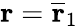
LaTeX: \mathbf{r}=\overline{{\mathbf{r}}}_{1}